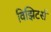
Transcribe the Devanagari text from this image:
विझिटर्स